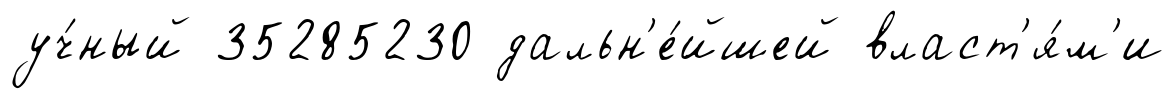
уч́ный 35285230 дальн'е́йшей власт'я́м'и